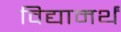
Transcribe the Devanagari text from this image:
विद्यामर्थं